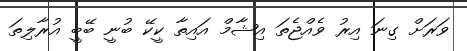
ވަރަށް ގިނަ އިރު ވެއްޖެތަ އިޝާމް އައިތާ ކީކޭ ބުނީ ބޭބީ އުރާލިތަ